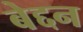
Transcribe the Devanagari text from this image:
बेद्दन